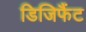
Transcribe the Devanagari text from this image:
डिजिफैंट